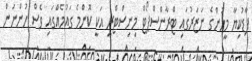
ފާޑުކިޔާ މީހުންގެ ނަޒަރުގައި ޓްރާންސްޕޯޓް މިނިސްޓްރީ އަކީ ކޮންމެ ގައުމެއްގައި ވެސް ހުންނަން